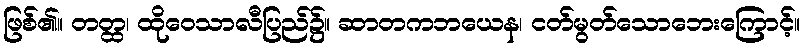
ဖြစ်၏။ တတ္ထ၊ ထိုဝေသာလီပြည်၌။ ဆာတကဘယေန၊ ငတ်မွတ်သောဘေးကြောင့်။